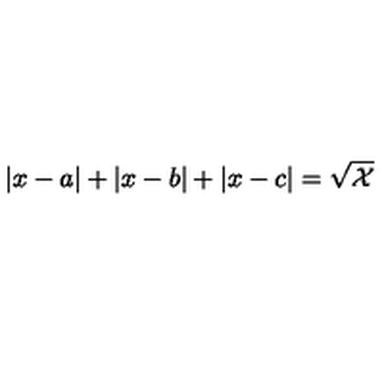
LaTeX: \left| x - a \right| + \left| x - b \right| + \left| x - c \right| = \sqrt { \mathcal { X } }